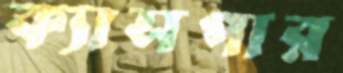
ক্যাসপার